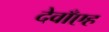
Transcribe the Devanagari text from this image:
देवाँएह